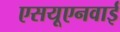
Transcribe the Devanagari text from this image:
एसयूएनवाई